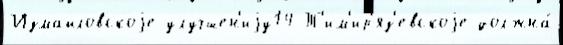
Измайловскоjе улучшен'иjу14 Т'им'ир'яз'евскоjе должна́